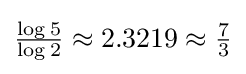
\textstyle {\frac {\log 5}{\log 2}}\approx 2.3219\approx {\frac {7}{3}}